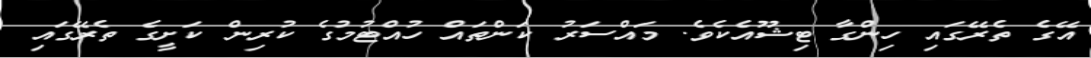
އޭގެ ތެރޭގައި ހިންގާ ޓިޝޫއެކެވެ. މައްސަރު ކަންތައް ހުއްޓުމުގެ ކުރިން ކަށީގެ ތެރޭގައި